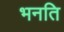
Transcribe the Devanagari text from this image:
भनति